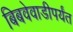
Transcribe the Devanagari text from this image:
बिबवेवाडीपर्यंत